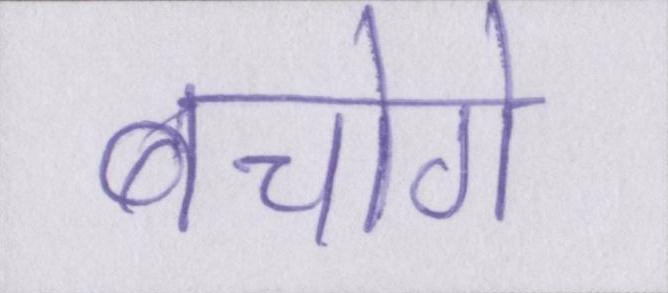
बचोगे